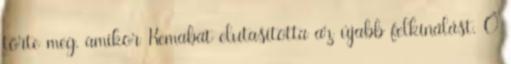
törte meg, amikor Kemabat elutasította az újabb felkínálást. Ő